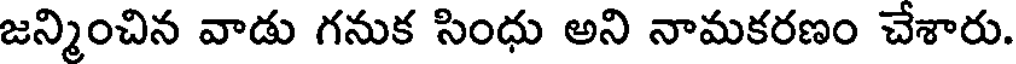
జన్మించిన వాడు గనుక సింధు అని నామకరణం చేశారు.